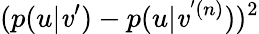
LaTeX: (p(u|\mathit{v}^{\prime})-p(u|\mathit{v}^{'(n)}))^{2}